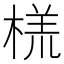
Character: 𬃑